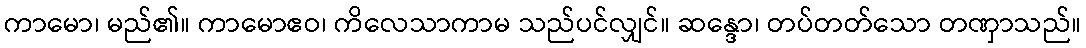
ကာမော၊ မည်၏။ ကာမောဧဝ၊ ကိလေသာကာမ သည်ပင်လျှင်။ ဆန္ဒော၊ တပ်တတ်သော တဏှာသည်။